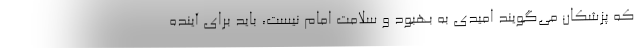
که پزشکان می‌گویند امیدی به بهبود و سلامت امام نیست، باید برای آینده